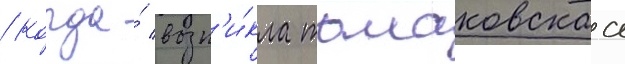
/ когда́ возн'и́кла томаковскаа